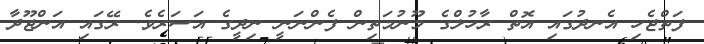
ފަތްޖެހި އެނދުގައި އޮތް ރާހުލްގެ މޫނުމަތިން ފެންނަނީ ނިދީގެ އަސަރެވެ. ރޭގައި އަންޖޫދާ